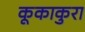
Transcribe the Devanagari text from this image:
कूकाकुरा